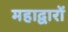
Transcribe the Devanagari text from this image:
महाद्वारों